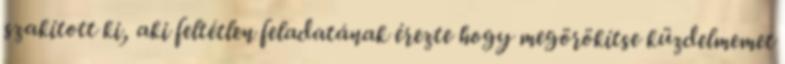
szakított ki, aki feltétlen feladatának érezte hogy megörökítse küzdelmemet